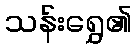
သန်းရွှေ၏